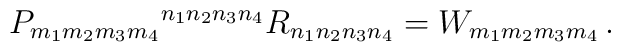
P_{m_1m_2m_3m_4}{}^{n_1n_2n_3n_4}R_{n_1n_2n_3n_4} = W_{m_1m_2m_3m_4}\,.